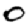
Digit: 0